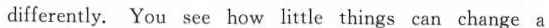
differently. You see how little things can change a